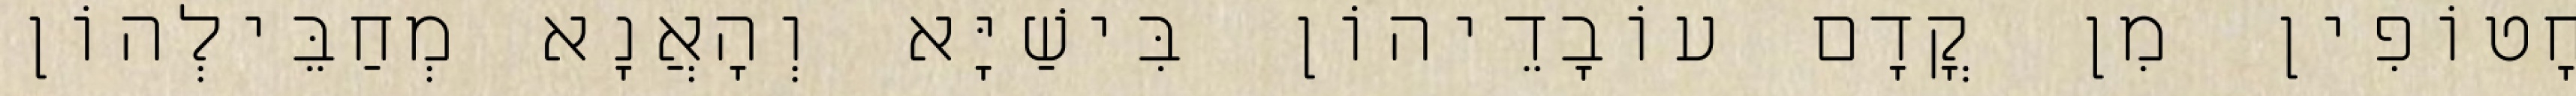
חָטוֹפִין מִן קֳדָם עוֹבָדֵיהוֹן בִּישַׁיָּא וְהָאֲנָא מְחַבֵּילְהוֹן